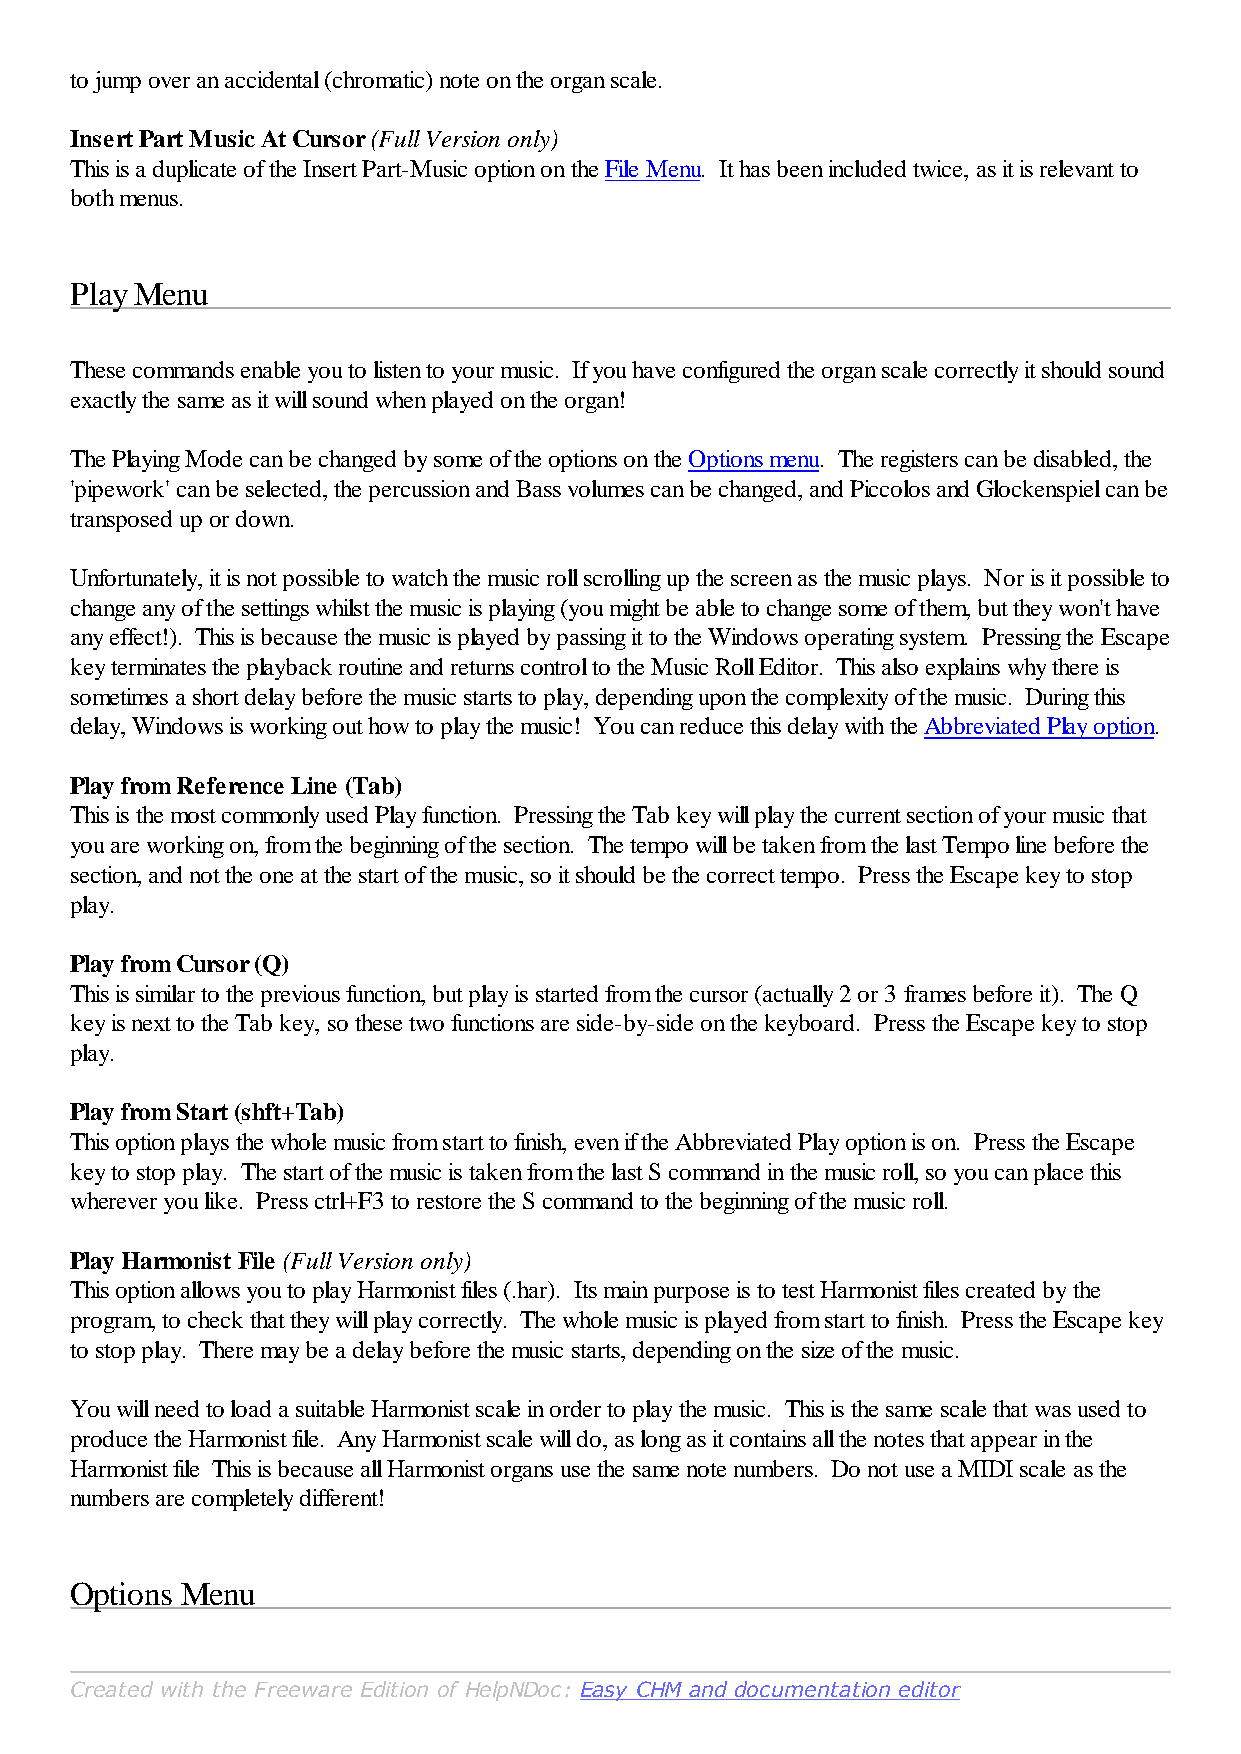
to jump over an accidental (chromatic) note on the organ scale.
 Insert Part Music At Cursor (Full Version only)
 This is a duplicate of the Insert Part-Music option on the File Menu. It has been included twice, as it is relevant to
 both menus.
 Play Menu
 These commands enable you to listen to your music. If you have configured the organ scale correctly it should sound
 exactly the same as it will sound when played on the organ!
 The Playing Mode can be changed by some of the options on the Options menu. The registers can be disabled, the
 'pipework' can be selected, the percussion and Bass volumes can be changed, and Piccolos and Glockenspiel can be
 transposed up or down.
 Unfortunately, it is not possible to watch the music roll scrolling up the screen as the music plays. Nor is it possible to
 change any of the settings whilst the music is playing (you might be able to change some of them, but they won't have
 any effect!). This is because the music is played by passing it to the Windows operating system. Pressing the Escape
 key terminates the playback routine and returns control to the Music Roll Editor. This also explains why there is
 sometimes a short delay before the music starts to play, depending upon the complexity of the music. During this
 delay, Windows is working out how to play the music! You can reduce this delay with the Abbreviated Play option.
 Play from Reference Line (Tab)
 This is the most commonly used Play function. Pressing the Tab key will play the current section of your music that
 you are working on, from the beginning of the section. The tempo will be taken from the last Tempo line before the
 section, and not the one at the start of the music, so it should be the correct tempo. Press the Escape key to stop
 play.
 Play from Cursor (Q)
 This is similar to the previous function, but play is started from the cursor (actually 2 or 3 frames before it). The Q
 key is next to the Tab key, so these two functions are side-by-side on the keyboard. Press the Escape key to stop
 play.
 Play from Start (shft+Tab)
 This option plays the whole music from start to finish, even if the Abbreviated Play option is on. Press the Escape
 key to stop play. The start of the music is taken from the last S command in the music roll, so you can place this
 wherever you like. Press ctrl+F3 to restore the S command to the beginning of the music roll.
 Play Harmonist File (Full Version only)
 This option allows you to play Harmonist files (.har). Its main purpose is to test Harmonist files created by the
 program, to check that they will play correctly. The whole music is played from start to finish. Press the Escape key
 to stop play. There may be a delay before the music starts, depending on the size of the music.
 You will need to load a suitable Harmonist scale in order to play the music. This is the same scale that was used to
 produce the Harmonist file. Any Harmonist scale will do, as long as it contains all the notes that appear in the
 Harmonist file This is because all Harmonist organs use the same note numbers. Do not use a MIDI scale as the
 numbers are completely different!
 Options Menu
 Created with the Freeware Edition of HelpNDoc: Easy CHM and documentation editor